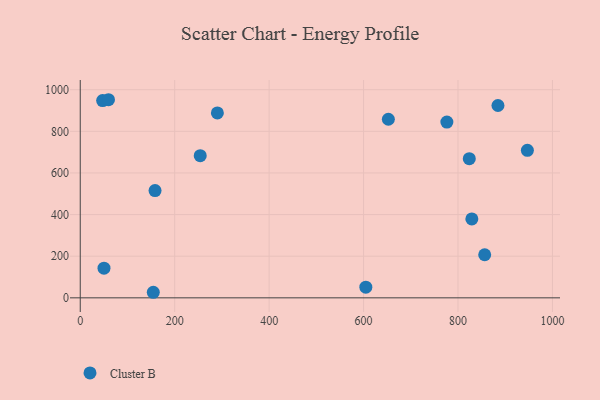
{"axis": {"x": "Ad Spend", "y": "Demand"}, "legend": ["Cluster B"], "data": [{"x": "829.3", "y": 379.2, "type": "Cluster B"}, {"x": "50.3", "y": 142.5, "type": "Cluster B"}, {"x": "652.5", "y": 858.0, "type": "Cluster B"}, {"x": "290.4", "y": 888.6, "type": "Cluster B"}, {"x": "604.8", "y": 51.1, "type": "Cluster B"}, {"x": "158.4", "y": 515.2, "type": "Cluster B"}, {"x": "254.1", "y": 682.9, "type": "Cluster B"}, {"x": "856.5", "y": 207.1, "type": "Cluster B"}, {"x": "946.9", "y": 708.6, "type": "Cluster B"}, {"x": "823.9", "y": 668.6, "type": "Cluster B"}, {"x": "776.4", "y": 844.4, "type": "Cluster B"}, {"x": "47.4", "y": 947.7, "type": "Cluster B"}, {"x": "59.8", "y": 951.8, "type": "Cluster B"}, {"x": "884.6", "y": 924.0, "type": "Cluster B"}, {"x": "154.7", "y": 26.7, "type": "Cluster B"}]}